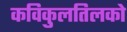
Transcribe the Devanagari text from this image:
कविकुलतिलको